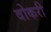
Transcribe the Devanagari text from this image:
वोकरी